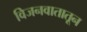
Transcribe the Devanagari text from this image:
विजनवातातून